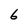
Character: 6